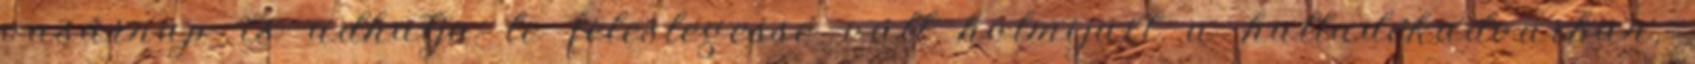
vasárnap is adhatja le feleslegessé vált holmijait a hulladékudvarban,